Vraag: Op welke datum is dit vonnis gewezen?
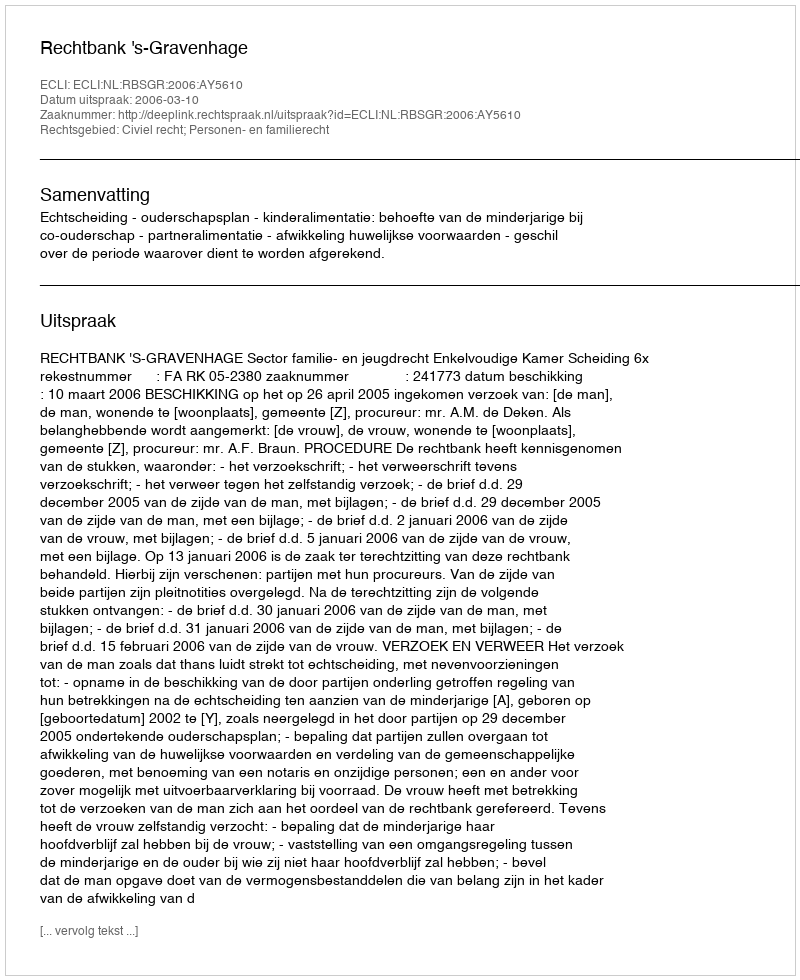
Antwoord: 2006-03-10